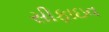
સીફાઇવ